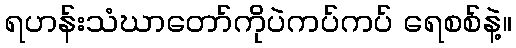
ရဟန်းသံဃာတော်ကိုပဲကပ်ကပ် ရေစစ်နဲ့။